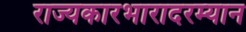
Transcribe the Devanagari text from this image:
राज्यकारभारादरम्यान